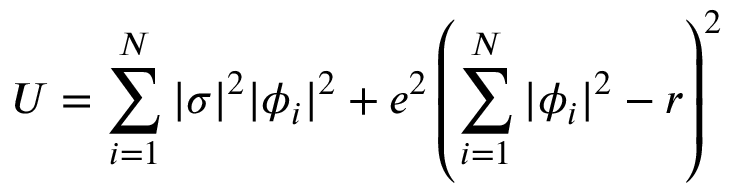
U = \sum _ { i = 1 } ^ { N } | \sigma | ^ { 2 } | \phi _ { i } | ^ { 2 } + e ^ { 2 } \left( \sum _ { i = 1 } ^ { N } | \phi _ { i } | ^ { 2 } - r \right) ^ { 2 }